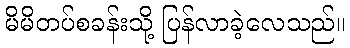
မိမိတပ်စခန်းသို့ ပြန်လာခဲ့လေသည်။